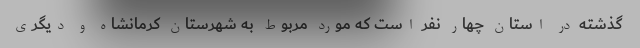
گذشته در استان چهار نفر است که مورد مربوط به شهرستان کرمانشاه و دیگری